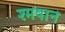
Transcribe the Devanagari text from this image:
श्मषान